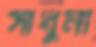
সাধুনী